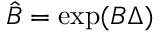
\hat { B } = \exp ( B \Delta )